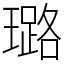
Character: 璐